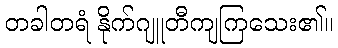
တခါတရံ နိုက်ဂျူတီကျကြသေး၏။